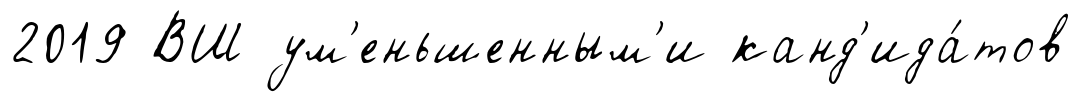
2019 ВШ ум'еньшенным'и канд'ида́тов